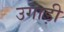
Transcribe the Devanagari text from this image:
उगाड़ी